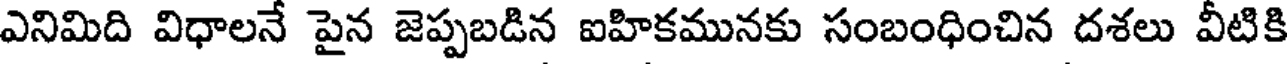
ఎనిమిది విధాలనే పైన జెప్పబడిన ఐహికమునకు సంబంధించిన దశలు వీటికి